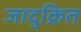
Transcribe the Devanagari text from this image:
जादुक्रित